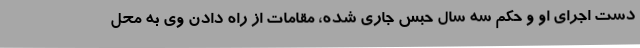
دست اجرای او و حکم سه سال حبس جاری شده، مقامات از راه دادن وی به محل